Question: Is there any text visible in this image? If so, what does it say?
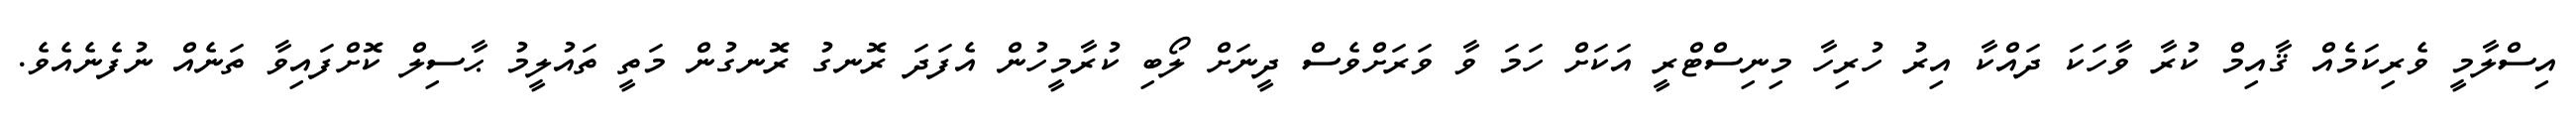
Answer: އިސްލާމީ ވެރިކަމެއް ޤާއިމް ކުރާ ވާހަކަ ދައްކާ އިރު ހުރިހާ މިނިސްޓްރީ އަކަށް ހަމަ ވާ ވަރަށްވެސް ދީނަށް ލޯބި ކުރާމީހުން އެފަދަ ރޮނގު ރޮނގުން މަތީ ތައުލީމު ޙާސިލް ކޮށްފައިވާ ތަނެއް ނުފެނެއެވެ.